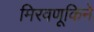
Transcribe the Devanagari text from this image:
मिरवणूकिने